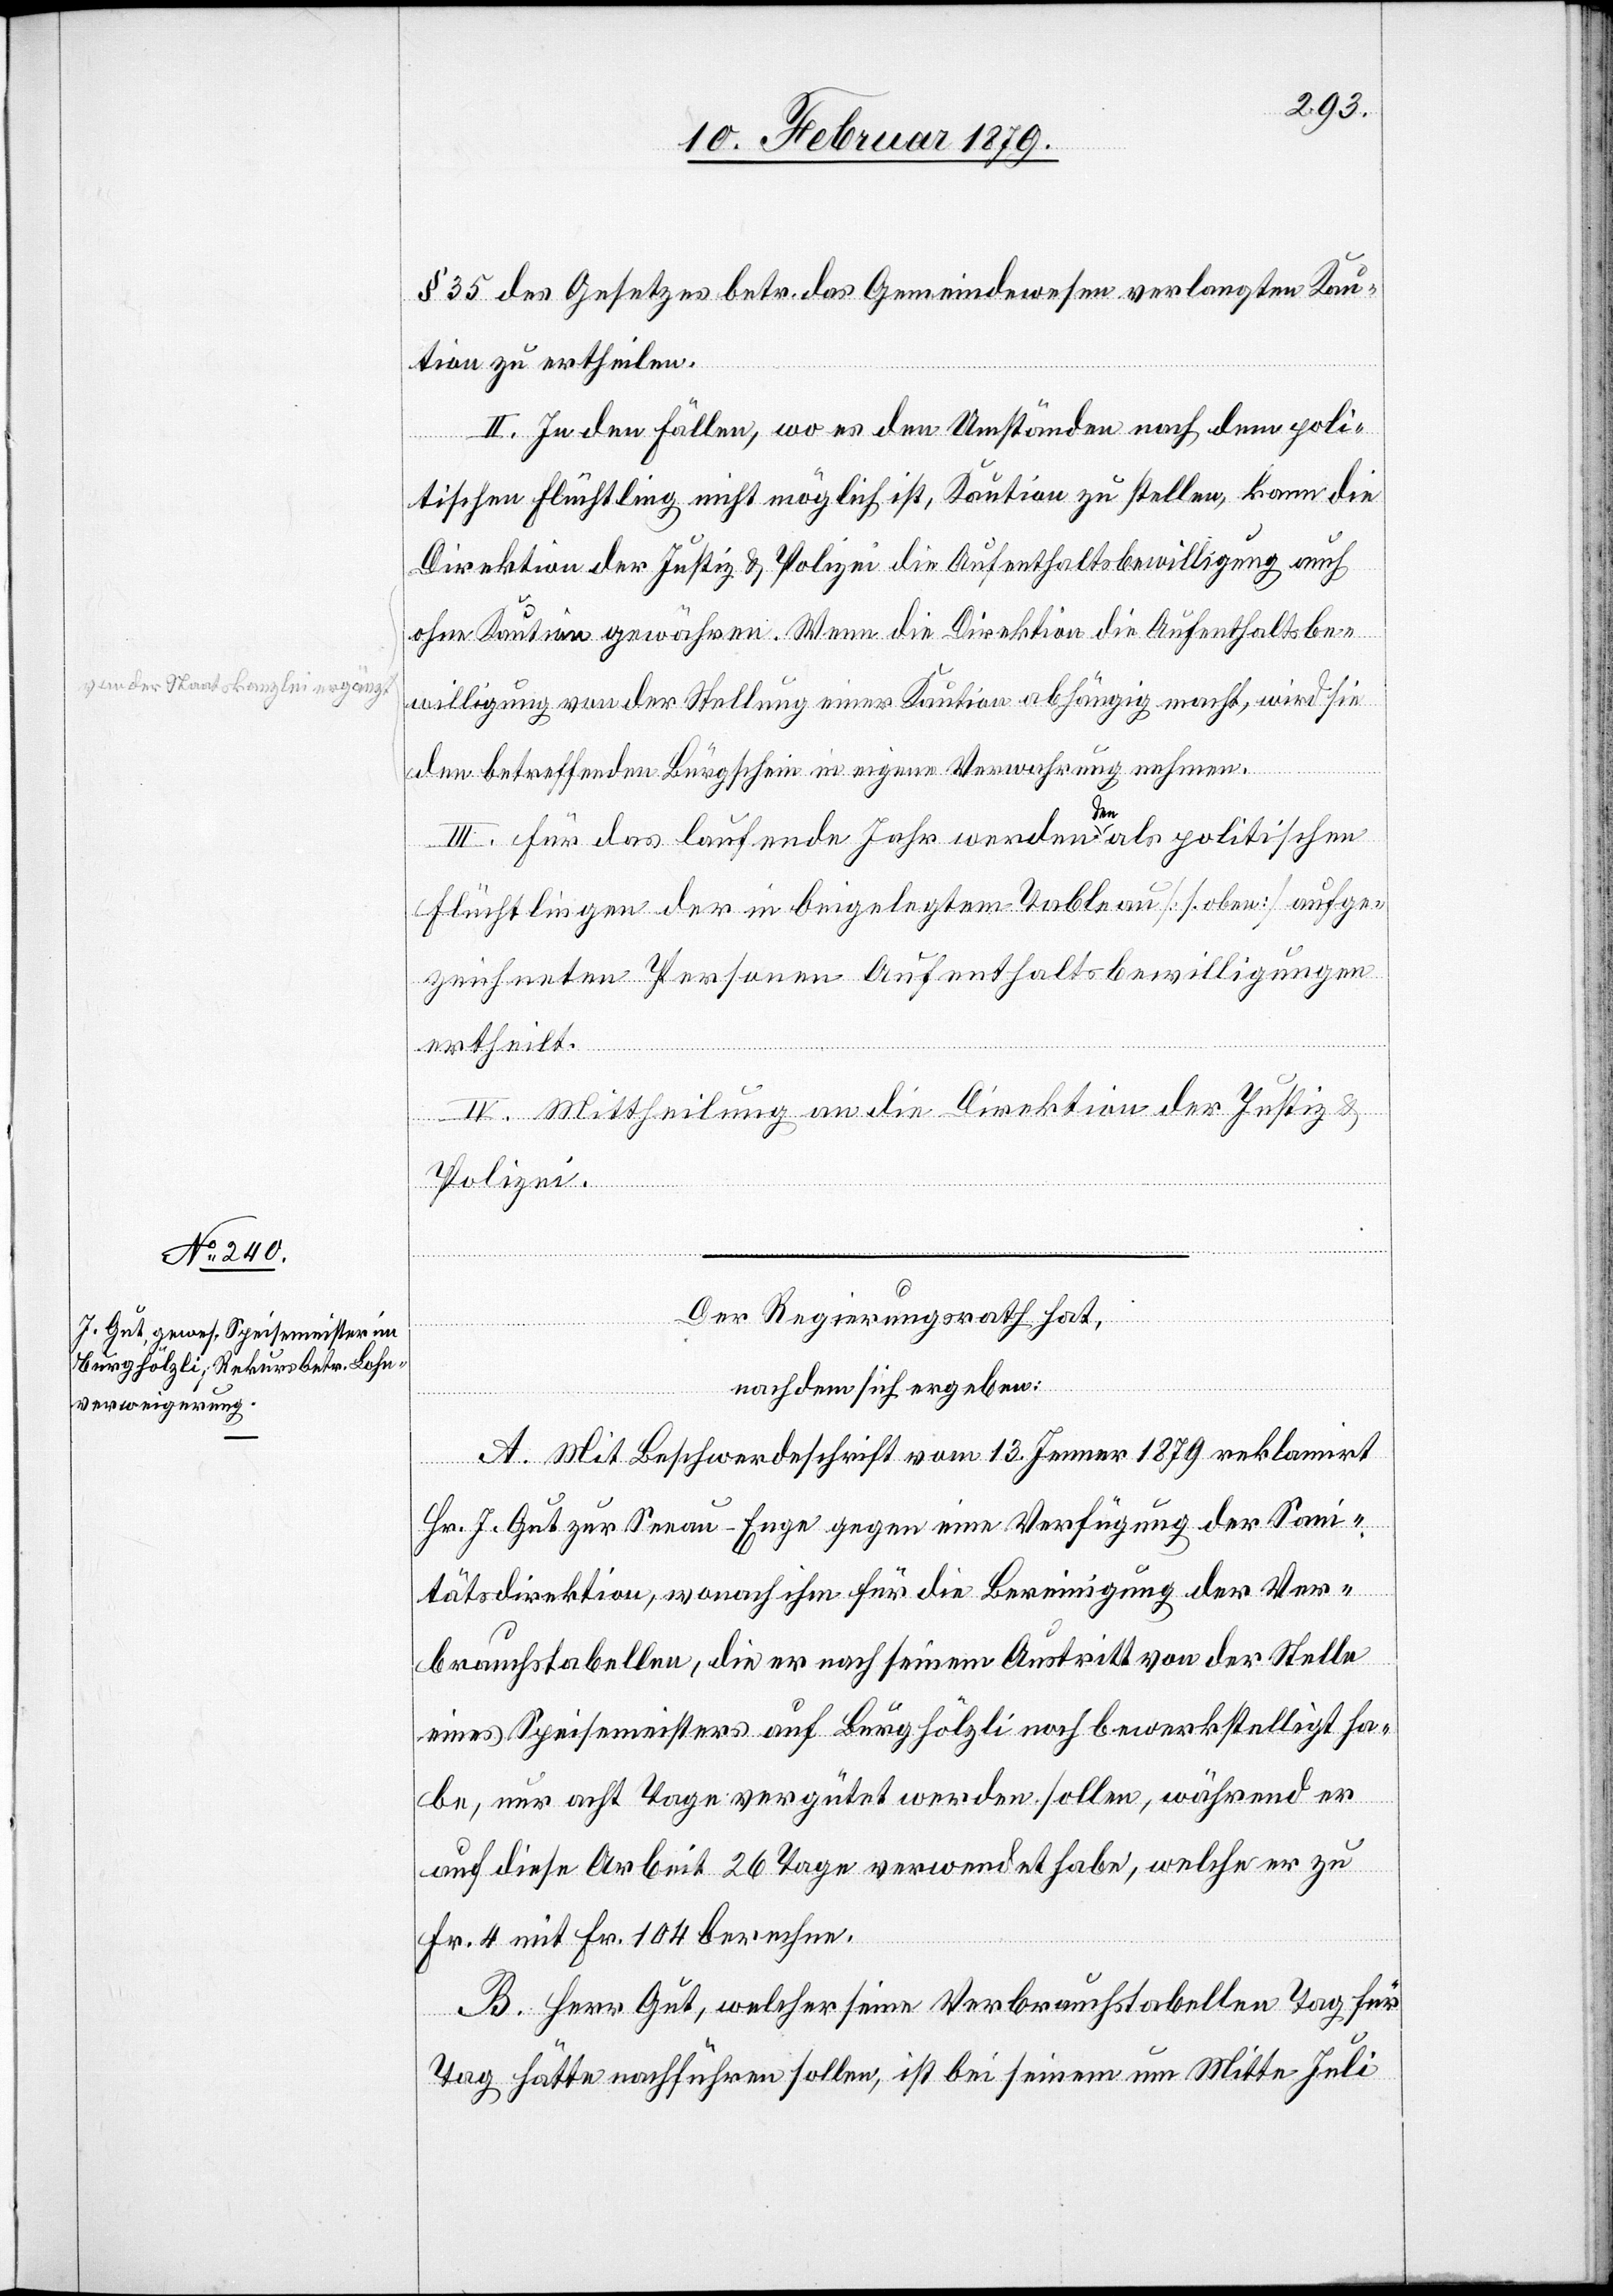
§ 35 des Gesetzes betr. das Gemeindewesen verlangten Kau¬
tion zu ertheilen.
II. In den Fällen, wo es den Umständen nach dem poli¬
tischen Flüchtling nicht möglich ist, Kaution zu stellen, kann die
Direktion der Justiz & Polizei a-von der Staatskanzlei ergänzt:
ohne Kaution gewähren. Wenn die Direktion die Aufenthaltsbe¬
willigung von der Stellung einer Kaution abhängig macht, wird sie
den betreffenden Bürgschein in eigene Verwahrung nehme¬
n.-a
III. Für das laufende Jahr werden den als politischen
Flüchtlingen der in beigelegtem Tableau [s. oben] aufge¬
zeichneten Personen Aufenthaltsbewilligungen
ertheilt.
IV. Mittheilung an die Direktion der Justiz &
Polizei.
Der Regierungsrath hat,
nachdem sich ergeben:
A. Mit Beschwerdeschrift vom 13. Jenner 1879 reklamirt
Hr. J. Gut zur Seeau - Enge gegen eine Verfügung der San¬
itätsdirektion, wonach ihm für die Bereinigung der Ver¬
brauchstabellen, die er nach seinem Austritt von der Stelle
eines Speisemeisters auf Burghölzli noch bewerkstelligt ha¬
be, nur acht Tage vergütet werden sollen, während er
auf diese Arbeit 26 Tage verwendet habe, welche er zu
Fr. 4 mit Fr. 104 berechne.
B. Herr Gut, welcher seine Verbrauchstabellen Tag für
Tag hätte nachführen sollen, ist bei seinem Mitte Juli

auch